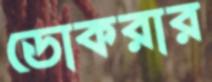
ডোকরার